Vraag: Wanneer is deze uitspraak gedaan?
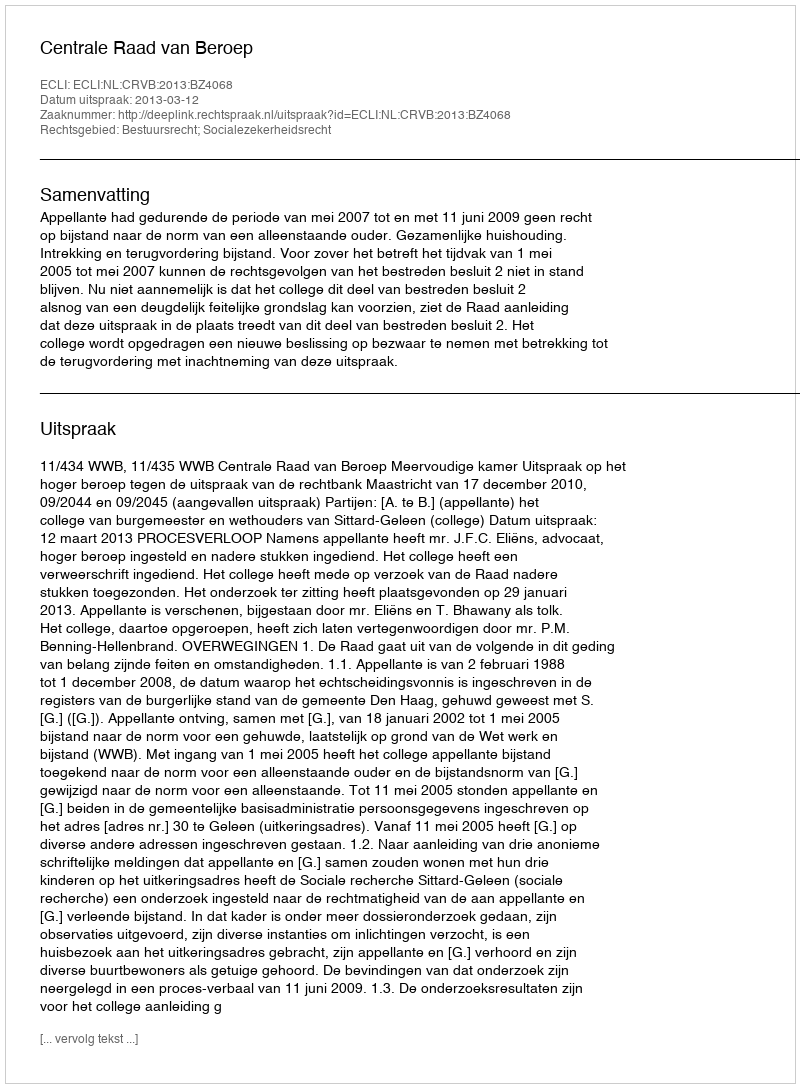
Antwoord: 2013-03-12